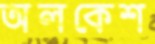
অলকেশ